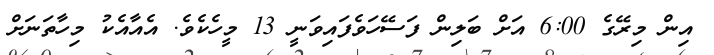
އިން މިރޭގެ 6:00 އަށް ބަލިން ފަސޭހަވެފައިވަނީ 13 މީހެކެވެ. އެއާއެކު މިހާތަނަށް